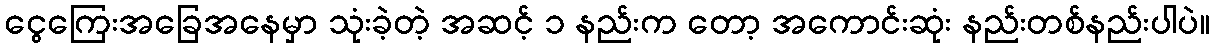
ငွေကြေးအခြေအနေမှာ သုံးခဲ့တဲ့ အဆင့် ၁ နည်းက တော့ အကောင်းဆုံး နည်းတစ်နည်းပါပဲ။